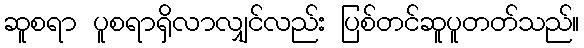
ဆူစရာ ပူစရာရှိလာလျှင်လည်း ပြစ်တင်ဆူပူတတ်သည်။